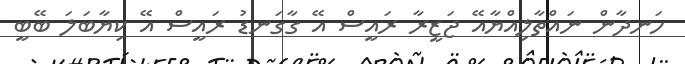
ހަނދާން ނައްތާލިއްޔާއޭ ޖަޒީރާ ރައީސް އޭ ގާގަނޑު ރައީސް އޭ ކިޔާބަލަ ބޭބީ